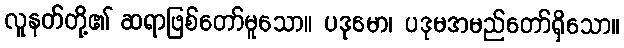
လူနတ်တို့၏ ဆရာဖြစ်တော်မူသော။ ပဒုမော၊ ပဒုမအမည်တော်ရှိသော။